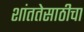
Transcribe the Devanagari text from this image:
शांततेसाठीचा